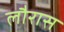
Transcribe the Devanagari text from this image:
लौरास